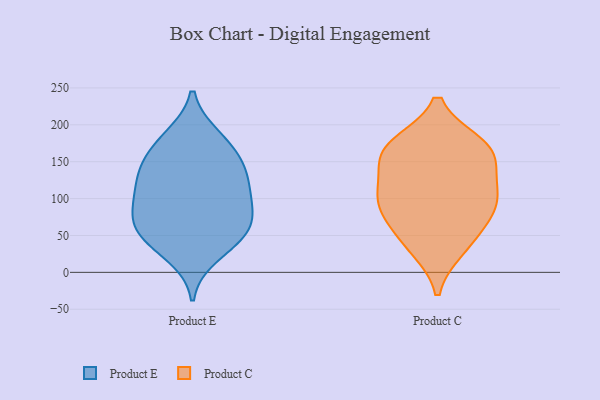
{"axis": {"x": "LTV (USD)", "y": "Value"}, "legend": ["Product C", "Product E"], "data": [{"x": "", "y": 45, "type": "Product E"}, {"x": "", "y": 184, "type": "Product E"}, {"x": "", "y": 50, "type": "Product E"}, {"x": "", "y": 68, "type": "Product E"}, {"x": "", "y": 181, "type": "Product E"}, {"x": "", "y": 23, "type": "Product E"}, {"x": "", "y": 151, "type": "Product E"}, {"x": "", "y": 71, "type": "Product E"}, {"x": "", "y": 119, "type": "Product E"}, {"x": "", "y": 52, "type": "Product E"}, {"x": "", "y": 123, "type": "Product E"}, {"x": "", "y": 141, "type": "Product E"}, {"x": "", "y": 156, "type": "Product E"}, {"x": "", "y": 91, "type": "Product E"}, {"x": "", "y": 87, "type": "Product E"}, {"x": "", "y": 111, "type": "Product E"}, {"x": "", "y": 167, "type": "Product C"}, {"x": "", "y": 71, "type": "Product C"}, {"x": "", "y": 140, "type": "Product C"}, {"x": "", "y": 107, "type": "Product C"}, {"x": "", "y": 86, "type": "Product C"}, {"x": "", "y": 33, "type": "Product C"}, {"x": "", "y": 101, "type": "Product C"}, {"x": "", "y": 173, "type": "Product C"}, {"x": "", "y": 102, "type": "Product C"}, {"x": "", "y": 169, "type": "Product C"}, {"x": "", "y": 42, "type": "Product C"}, {"x": "", "y": 161, "type": "Product C"}]}